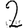
Digit: 2